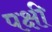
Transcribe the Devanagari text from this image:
पक्षी